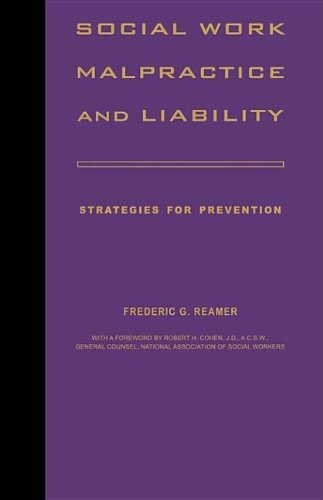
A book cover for Social Work Malpractice and Liability; Professor Frederic G. Reamer; Law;